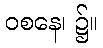
ဝစနေ၊ ၌။